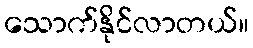
သောက်နိုင်လာတယ်။